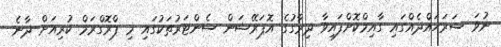
ނުވަ ސަރަހައްދެއްގައި ގާއިމްކޮށްފައިވާ ދިރާގުގެ އޮޕަރޭޝަން ސެންޓަރުތަކުގައި މި ޕްރޮގްރަމް ކުރިއަށް ދާނެ